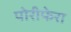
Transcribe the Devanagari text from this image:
पोरीफेरा